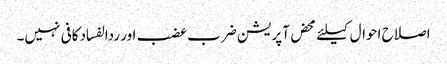
اصلاح احوال کیلئے محض آپریشن ضرب عضب اور ردالفساد کافی نہیں۔